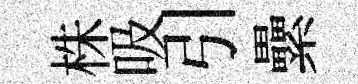
株吸引纍